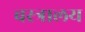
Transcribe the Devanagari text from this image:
वस्त्रालय